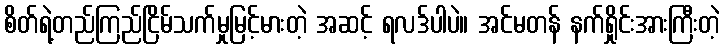
စိတ်ရဲ့တည်ကြည်ငြိမ်သက်မှုမြင့်မားတဲ့ အဆင့် ရလဒ်ပါပဲ။ အင်မတန် နက်ရှိုင်းအားကြီးတဲ့